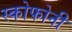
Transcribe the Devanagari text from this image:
स्कोफोनी